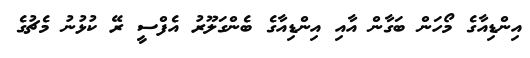
އިންޑިއާގެ މޯހަން ބަގާން އާއި އިންޑިއާގެ ބެންގަލޫރު އެފްސީ ރޭ ކުޅުނު މެޗުގެ